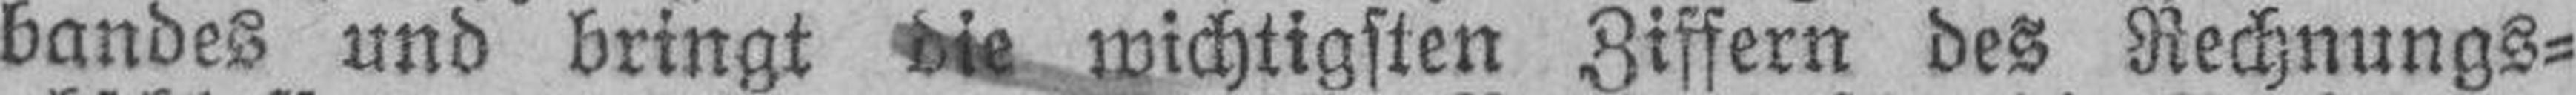
bandes und bringt die wichtigsten Ziffern des Rechnungs¬